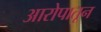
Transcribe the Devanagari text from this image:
आरोपातून